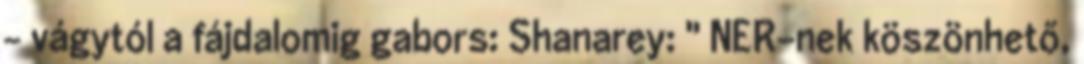
- vágytól a fájdalomig gabors: Shanarey: " NER-nek köszönhető,